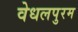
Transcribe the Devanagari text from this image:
वेधलपुरम